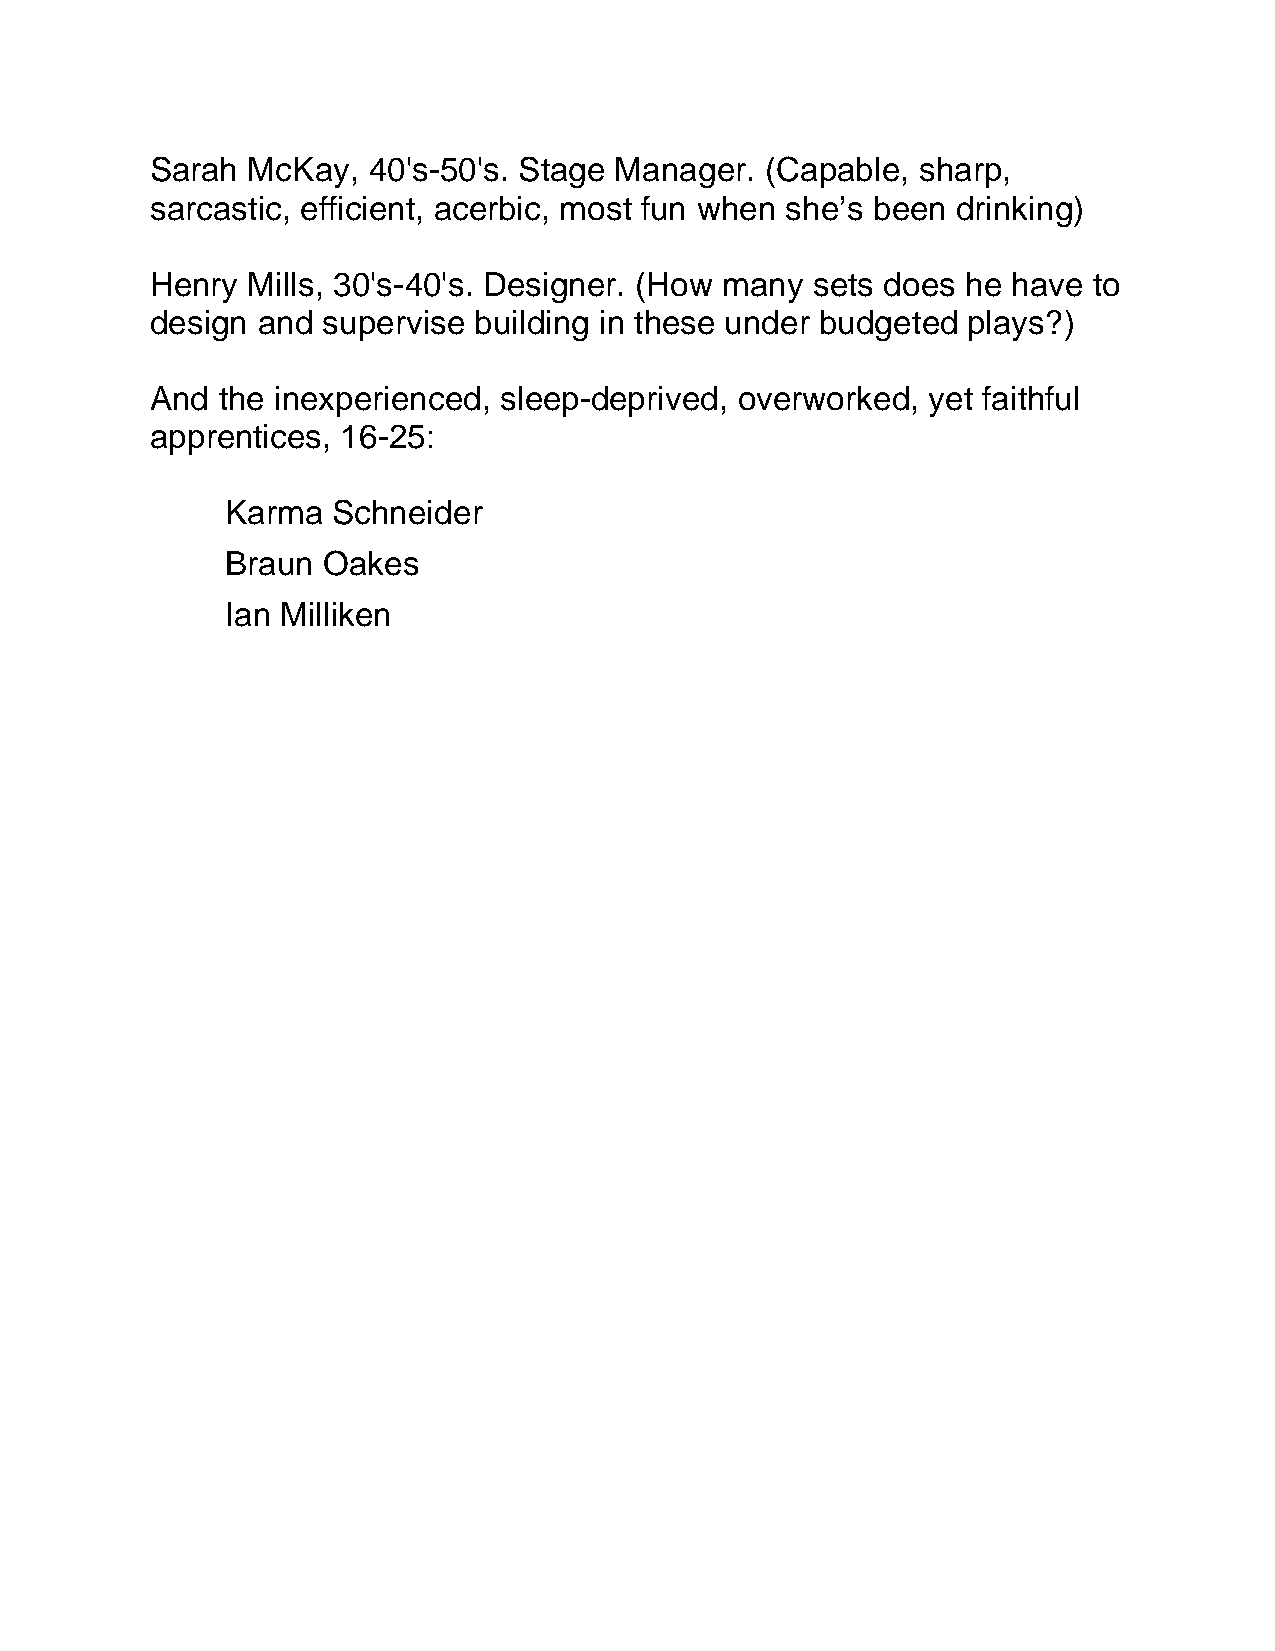
Sarah McKay,  40's-50's. Stage Manager.  (Capable, sharp,
 sarcastic, efficient, acerbic, most fun when she’s been drinking)
 Henry Mills, 30's-40's. Designer. (How many sets does he have to
 design and supervise building in these under budgeted plays?)
 And the inexperienced, sleep-deprived, overworked, yet faithful
 apprentices, 16-25:
 Karma  Schneider
 Braun Oakes
 Ian Milliken